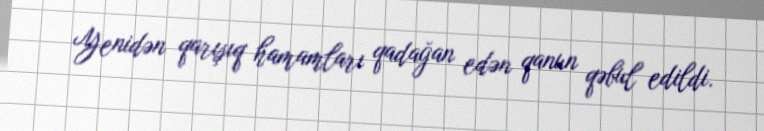
Yenidən qarışıq hamamları qadağan edən qanun qəbul edildi.